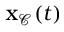
\mathbf { \boldsymbol { x } } _ { \mathcal { C } } ( t )